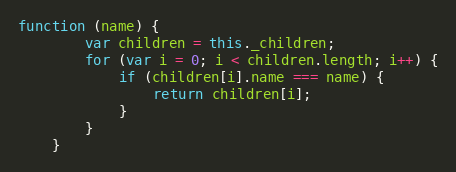
Language: JavaScript
function (name) {
        var children = this._children;
        for (var i = 0; i < children.length; i++) {
            if (children[i].name === name) {
                return children[i];
            }
        }
    }